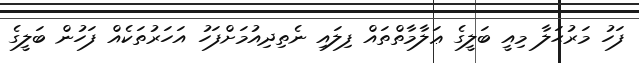
ފަހު މަރުޙަލާ މިއީ ބަލީގެ ޢަލާމާތްތައް ފިލައި ނެތިދިއުމަށްފަހު އަހަރުތަކެއް ފަހުން ބަލީގެ